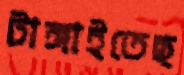
টাঙ্গাইতেছ